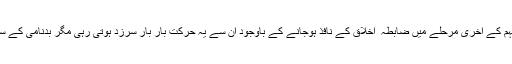
اس لیے انتخابی مہم کے آخری مرحلے میں ضابطہ ٔ اخلاق کے نافذ ہوجانے کے باوجود ان سے یہ حرکت بار بار سرزد ہوتی رہی مگر بدنامی کے سوا کچھ ہاتھ نہ آیا۔